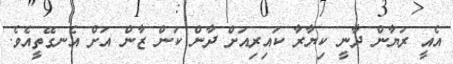
އެއީ ރަޔާން ދާނީ ކިޔާރާ ކައިރިއަށް ދާން ކަން ޒާން އަށް އެނގޭތީއެވެ.